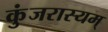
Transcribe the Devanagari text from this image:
कुंजरास्यम्